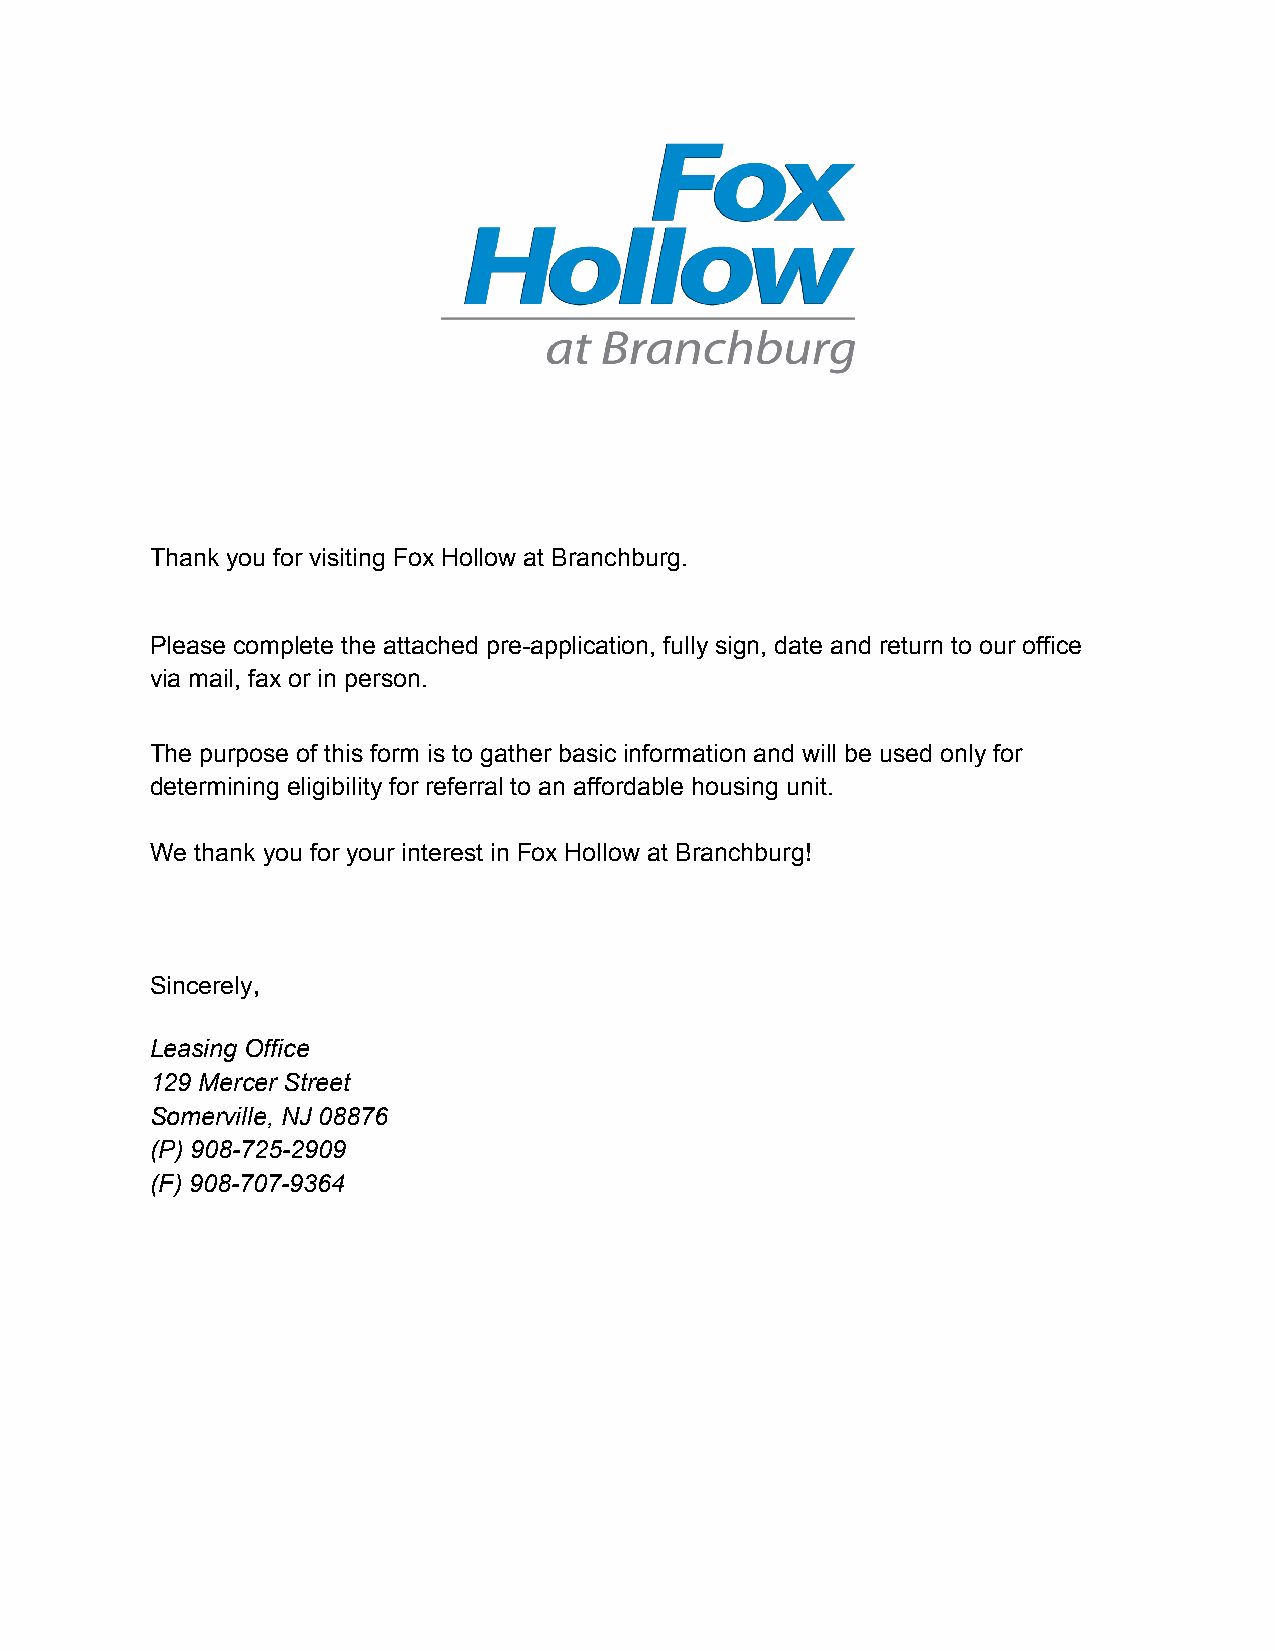
Thank you for visiting Fox Hollow at Branchburg.
 Please complete the attached pre-application, fully sign, date and return to our office
 via mail, fax or in person.
 The purpose of this form is to gather basic information and will be used only for
 determining eligibility for referral to an affordable housing unit.
 We thank you for your interest in Fox Hollow at Branchburg!
 Sincerely,
 Leasing Office
 129 Mercer Street
 Somerville, NJ 08876
 (P) 908-725-2909
 (F) 908-707-9364